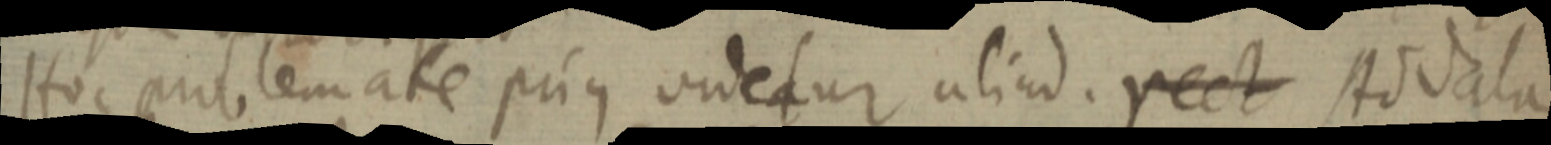
Hoc aut lemate prius videtur aliud. rect Add+ala